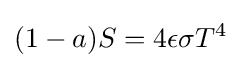
(1-a)S=4\epsilon \sigma T^{4}